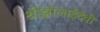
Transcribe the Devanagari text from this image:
श्रीझोलाईदेवी